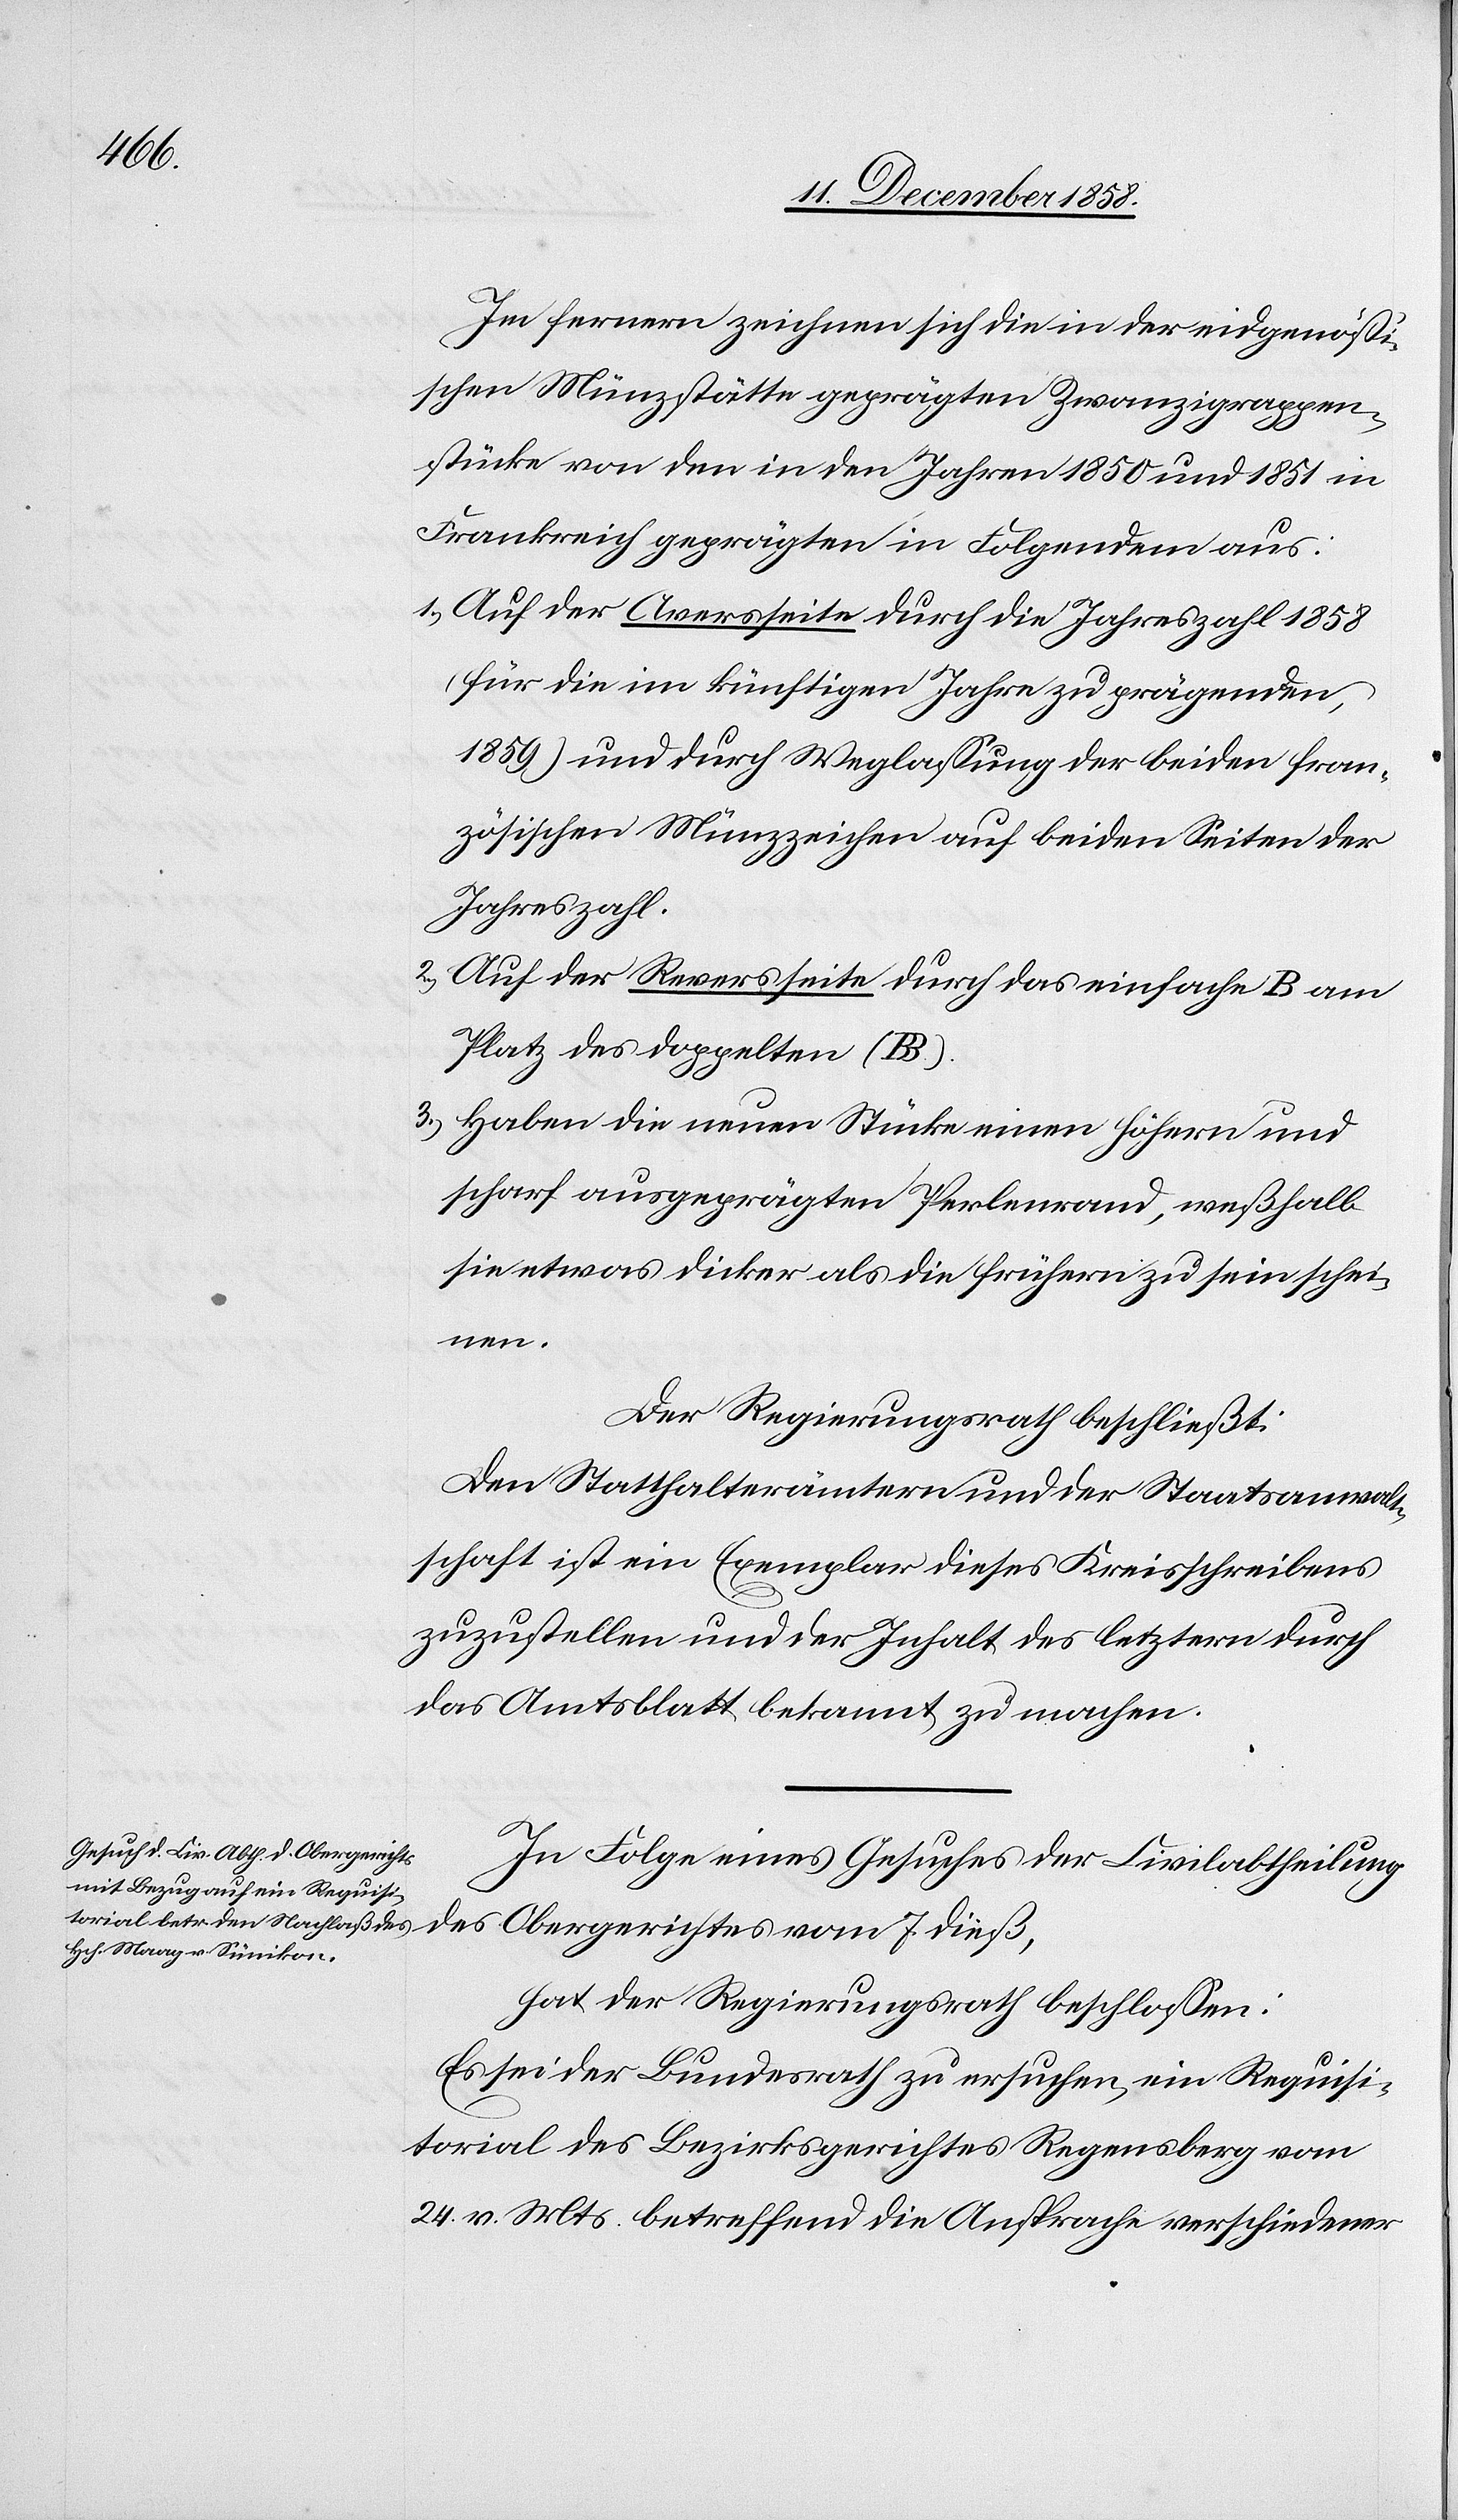
Im fernern zeichnen sich die in der eidgenössi¬
schen Münzstätte geprägten Zwanzigrappen¬
stücke von den in den Jahren 1850 und 1851 in
Frankreich geprägten in Folgendem aus:
Auf der Aversseite durch die Jahreszahl 1858
(für die im künftigen Jahre zu prägenden,
1859) und durch Weglassung der beiden fran¬
zösischen Münzzeichen auf beiden Seiten der
Jahreszahl.
Auf der Reversseite durch das einfache B am
Platz des doppelten (BB).
Haben die neuen Stücke einen höhern und
scharf ausgeprägten Perlenrand, weßhalb
sie etwas dicker als die frühern zu sein schei¬
nen.
Der Regierungsrath beschließt:
Den Statthalterämtern und der Staatsanwalt¬
schaft ist ein Exemplar dieses Kreisschreibens
zuzustellen und der Inhalt des letztern durch
das Amtsblatt bekannt zu machen.
2.)
In Folge eines Gesuches der Civilabtheilung
des Obergerichtes vom 7. dieß,
hat der Regierungsrath beschlossen:
Es sei der Bundesrath zu ersuchen, ein Requisi¬
torial des Bezirksgerichtes Regensberg vom
24. v. Mts. betreffend die Ansprache verschiedener